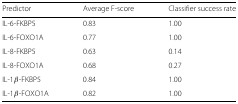
<table><thead><tr><td><b>Predictor</b></td><td><b>Average F-score</b></td><td><b>Classifier success rate</b></td></tr></thead><tbody><tr><td>IL-6-FKBP5</td><td>0.83</td><td>1.00</td></tr><tr><td>IL-6-FOXO1A</td><td>0.77</td><td>1.00</td></tr><tr><td>IL-8-FKBP5</td><td>0.63</td><td>0.14</td></tr><tr><td>IL-8-FOXO1A</td><td>0.68</td><td>0.27</td></tr><tr><td>IL-1 <i>β</i>-FKBP5</td><td>0.84</td><td>1.00</td></tr><tr><td>IL-1 <i>β</i>-FOXO1A</td><td>0.82</td><td>1.00</td></tr></tbody></table>